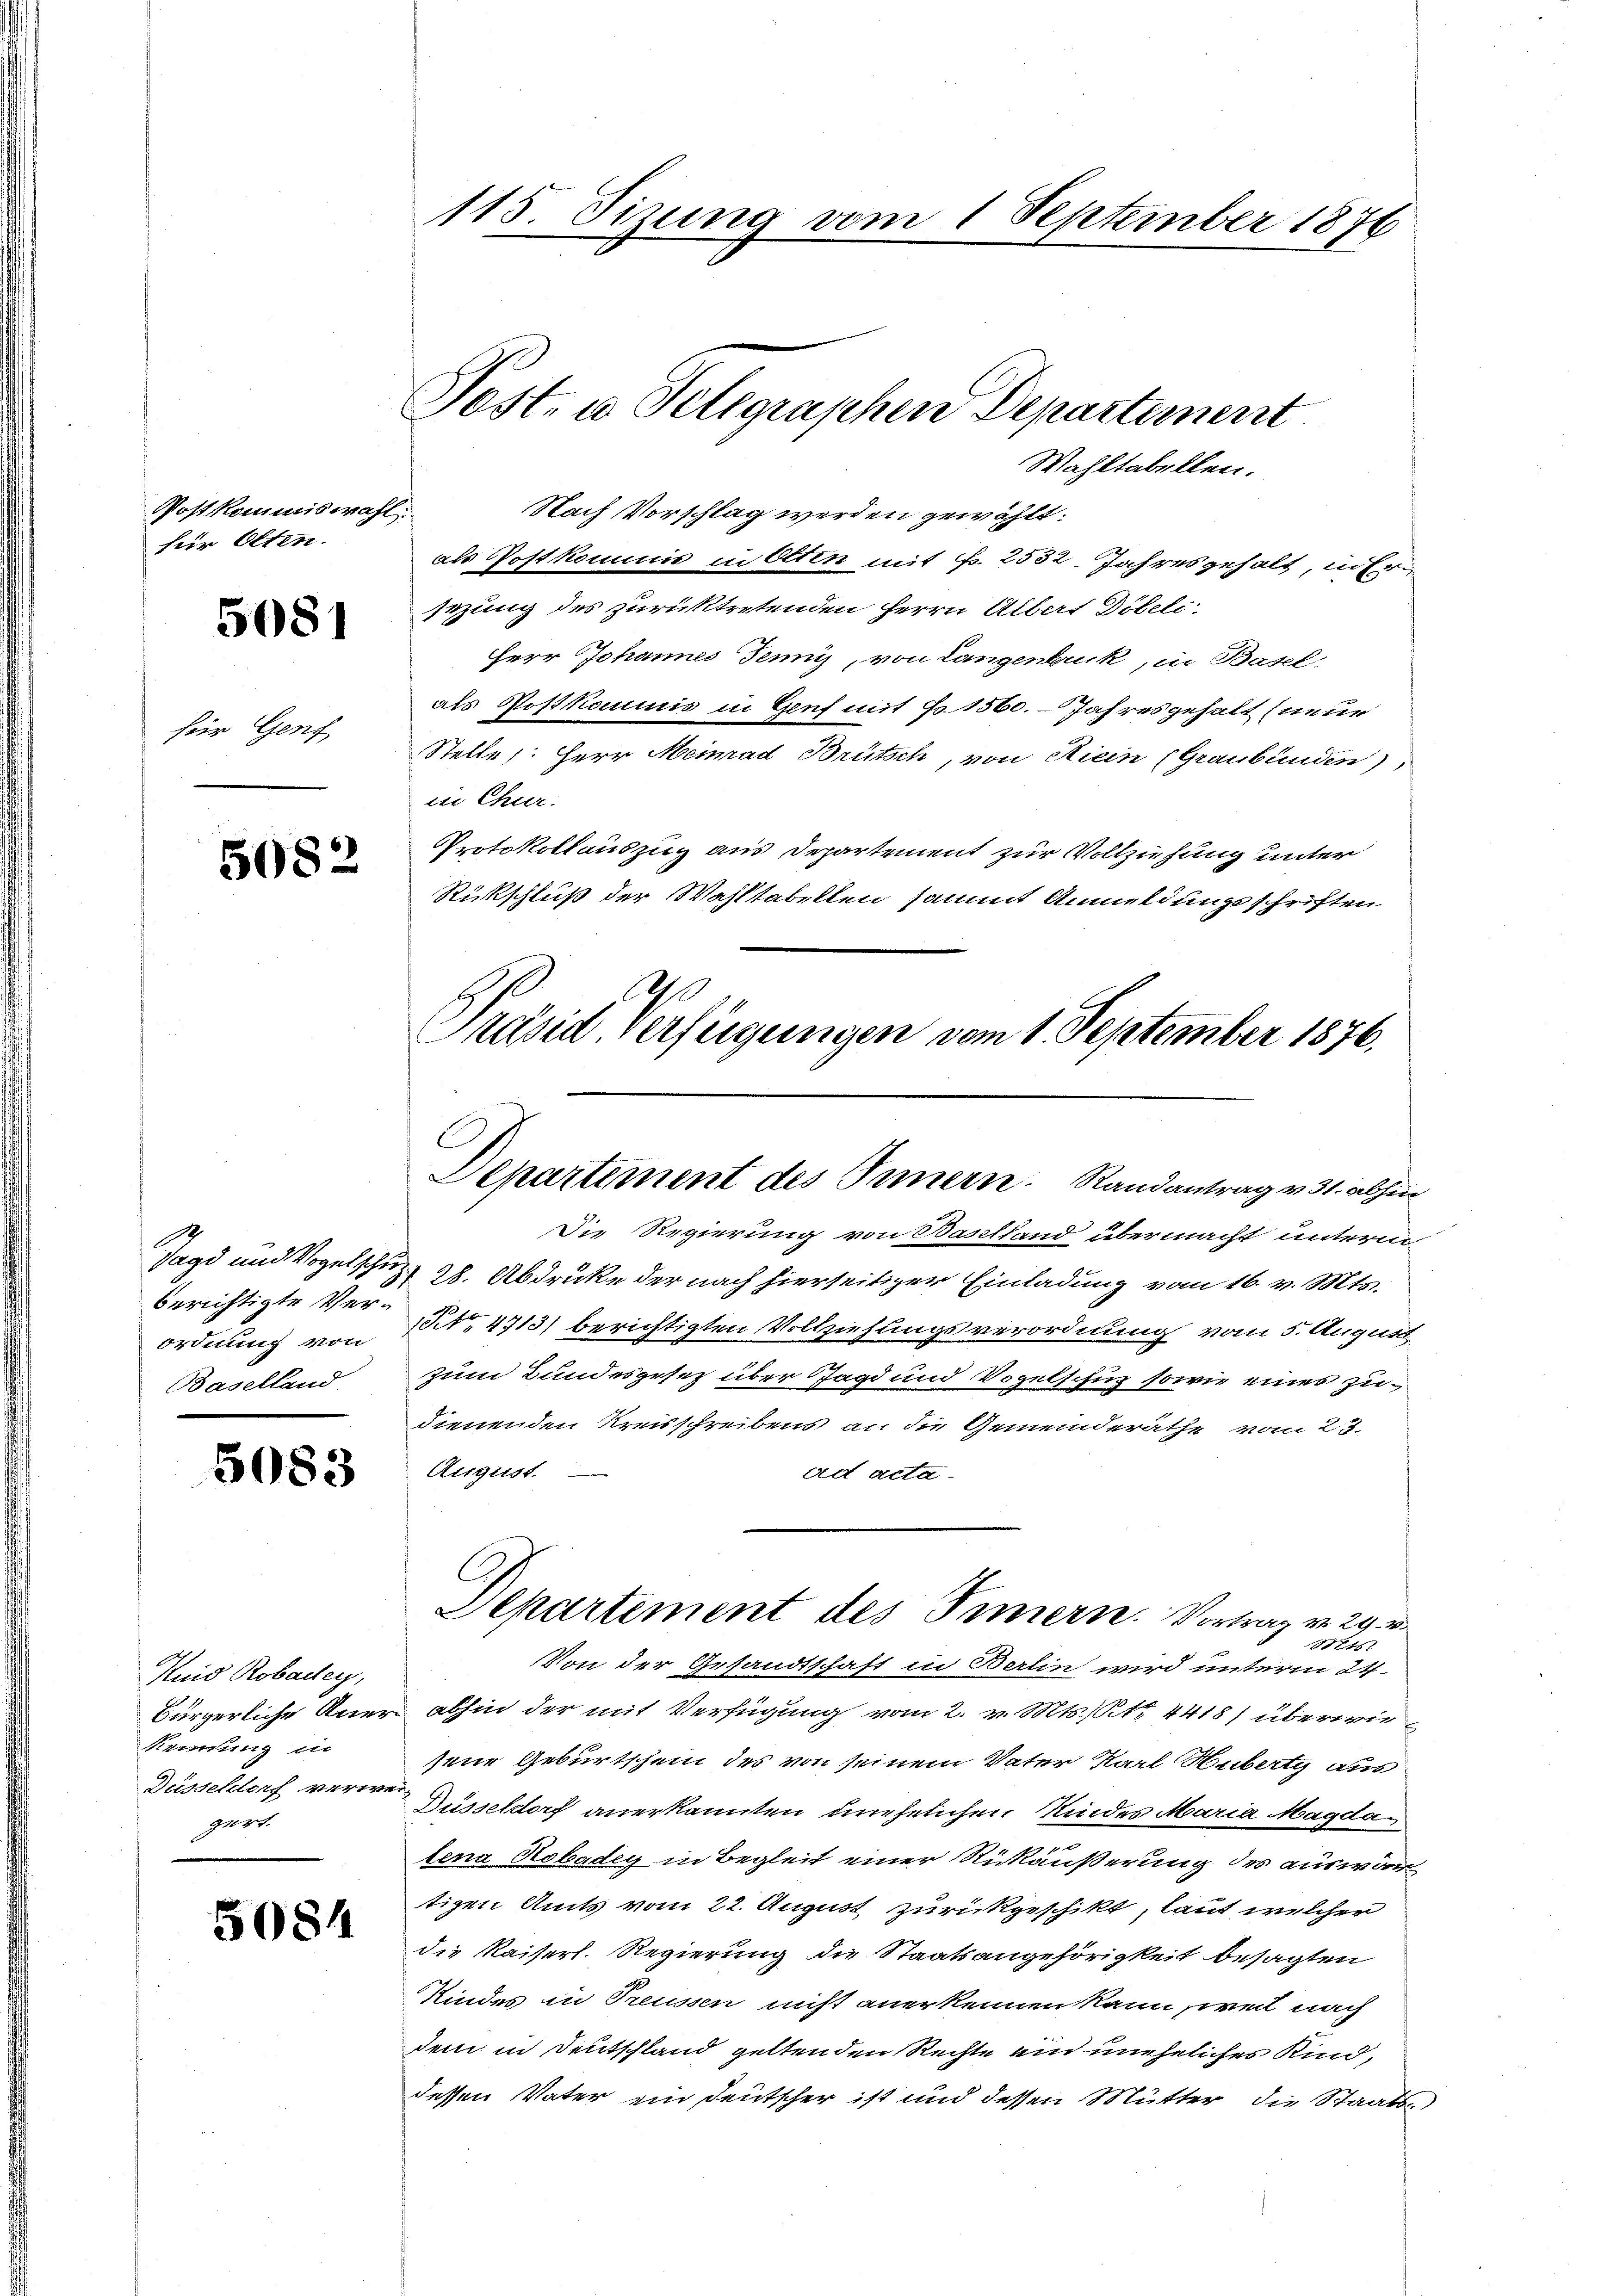
Postkommiswahl.
für Olten.

5681

für Genf

5082

berichtigte Ver-
Baselland.

5083

Kuid Robadley,
Keimung in
Dusseldorf verwei
gert.

5084

115. Sizung vom 1 September 1876

Nach Vorschlag werden gewählt:
als Postkommis in Otten mit Fr. 2532 Jahresgehalt, in Er
sezung des zurücktretenden Herrn Albert Döbeli
Herr Johannes Jennii, von Langenbruck, in Basel,
als Postkommis in Genf mit No. 1560. Jahresgehalt (neue
Stelle. Herr Meinrad Brütsch, von Riein (Graubünden),
in Chur.
Protokollauszug aus Departement zur Vollziehung unter
Rückschluß der Wahltabellen sammt Anmeldungsschriften
A
Präsid, verfügungen vom 1. September 1876.

Post- u Seligraphen Departement
Wahltabellen.

August

C
Departement des Innern. Randantrag v. 31. abhin

Die Regierung von Baselland übermacht unterre
Jagd und Vogelschus 28. Abdrucke der nach hierseitiger Einladung vom 16. v. Mts.
ordnung von Nr. 4713) berichtigten Vollziehungsverordnung vom 5. August
zum Bundesgesetz über Jagd und Vogelschuz sowie eines zudienenden Kreisschreibens an die Gemeinderathe vom 23.
ad acta.
81218
Von der Gesandtschaft in Berlin wird unterm 24.
Bürgerliche Auer abhin der mit Verfügung vom 2. v. Mts., No. 4418) überwiesene Geburtschein des von seinem Vater Karl Huberty aus
Düsseldorf anerkannten unehelichen Kindes Maria Magda
lena Rebadey in Begleit einer Rückäußerung des auswärtizen Amts vom 22. August zurückgeschikt, laut welcher
die Kaiserl. Regierung die Staatsangehörigkeit besagten
Kindes in Treussen nicht anerkennen kann, weil nach
dem in Deutschland geltenden Rechte ein uneheliches Kind,
dessen Vater ein Deutscher ist und dessen Mutter die Staats¬

Departement des Innern. Vortrag v. 29.